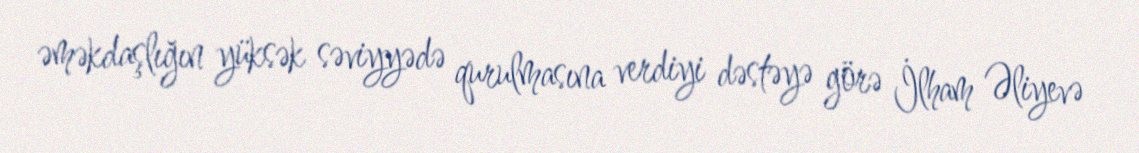
əməkdaşlığın yüksək səviyyədə qurulmasına verdiyi dəstəyə görə İlham Əliyevə